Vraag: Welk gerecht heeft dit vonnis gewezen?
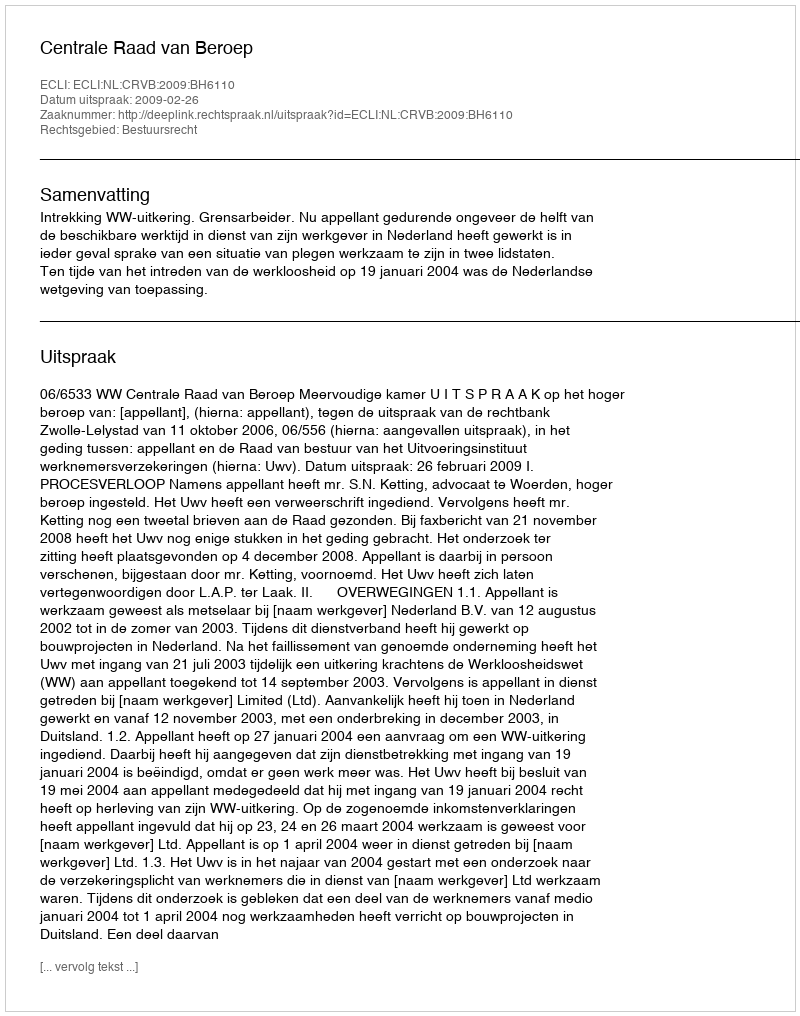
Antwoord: Centrale Raad van Beroep